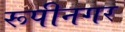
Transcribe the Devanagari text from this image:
रूपीनगर